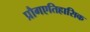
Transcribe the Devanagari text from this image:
प्रौगएतिहासिक